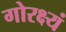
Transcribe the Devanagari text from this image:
गोरक्ष्यं